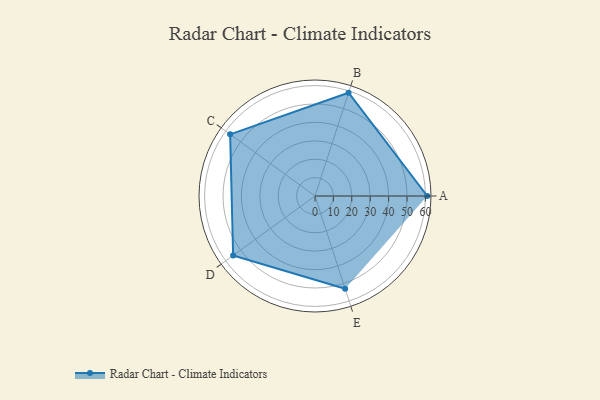
{"axis": {"x": "Skill", "y": "Score"}, "legend": ["Profile"], "data": [{"x": "A", "y": 61.0, "type": "Profile"}, {"x": "B", "y": 59.0, "type": "Profile"}, {"x": "C", "y": 57.0, "type": "Profile"}, {"x": "D", "y": 55.0, "type": "Profile"}, {"x": "E", "y": 53.0, "type": "Profile"}]}